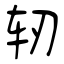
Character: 轫